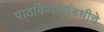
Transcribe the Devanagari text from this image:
पाठविण्यासंबधीचे